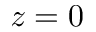
z = 0